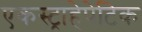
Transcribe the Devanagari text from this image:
एकस्ट्राहेपेटिक